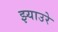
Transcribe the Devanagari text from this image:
झ्याउरे